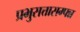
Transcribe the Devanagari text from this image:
प्रभुसत्तासम्पन्न